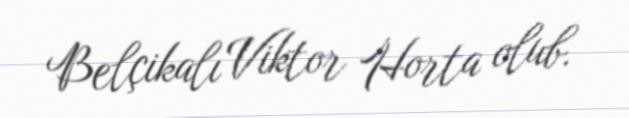
Belçikalı Viktor Horta olub.